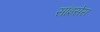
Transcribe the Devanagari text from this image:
सांइसेस